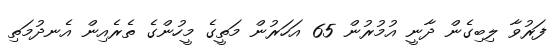
ފަރުވާ ލިބިގެން ދާނީ އުމުރުން 65 އަހަރުން މަތީގެ މީހުންގެ ތެރެއިން އެނދުމަތި